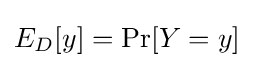
\textstyle E_{D}[y]=\Pr[Y=y]